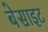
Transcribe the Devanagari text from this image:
बेसाइट